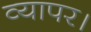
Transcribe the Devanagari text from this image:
व्यापर।